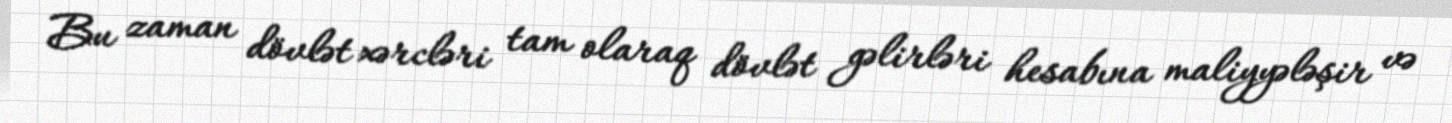
Bu zaman dövlət xərcləri tam olaraq dövlət gəlirləri hesabına maliyyələşir və